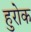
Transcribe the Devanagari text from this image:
हुरोक